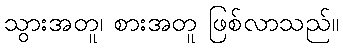
သွားအတူ၊ စားအတူ ဖြစ်လာသည်။